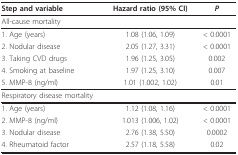
<table><thead><tr><td><b>Step and variable</b></td><td><b>Hazard ratio (95% CI)</b></td><td><b><i>P</i></b></td></tr></thead><tbody><tr><td>All-cause mortality</td><td></td><td></td></tr><tr><td>1. Age (years)</td><td>1.08 (1.06, 1.09)</td><td>&lt; 0.0001</td></tr><tr><td>2. Nodular disease</td><td>2.05 (1.27, 3.31)</td><td>&lt; 0.0001</td></tr><tr><td>3. Taking CVD drugs</td><td>1.96 (1.25, 3.05)</td><td>0.002</td></tr><tr><td>4. Smoking at baseline</td><td>1.97 (1.25, 3.10)</td><td>0.007</td></tr><tr><td>5. MMP-8 (ng/ml)</td><td>1.01 (1.002, 1.02)</td><td>0.01</td></tr><tr><td>Respiratory disease mortality</td><td></td><td></td></tr><tr><td>1. Age (years)</td><td>1.12 (1.08, 1.16)</td><td>&lt; 0.0001</td></tr><tr><td>2. MMP-8 (ng/ml)</td><td>1.013 (1.006, 1.02)</td><td>&lt; 0.0001</td></tr><tr><td>3. Nodular disease</td><td>2.76 (1.38, 5.50)</td><td>0.0002</td></tr><tr><td>4. Rheumatoid factor</td><td>2.57 (1.18, 5.58)</td><td>0.02</td></tr></tbody></table>